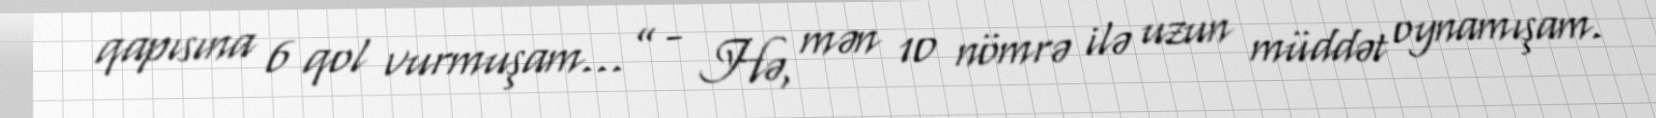
qapısına 6 qol vurmuşam...” - Hə, mən 10 nömrə ilə uzun müddət oynamışam.